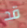
قد